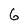
Character: G